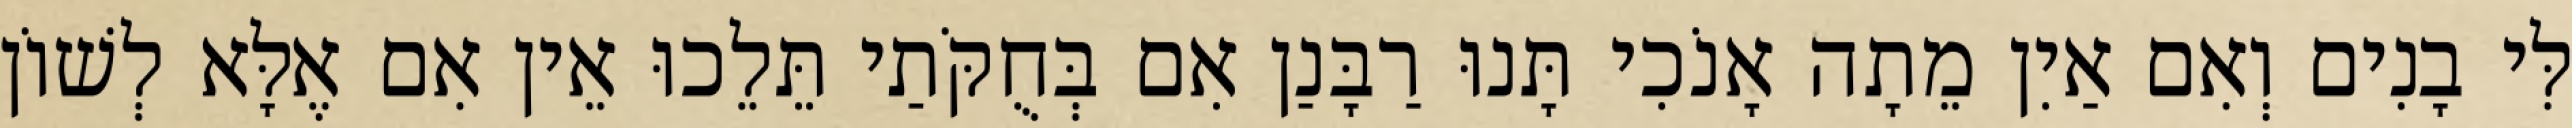
לִּי בָנִים וְאִם אַיִן מֵתָה אָנֹכִי תָּנוּ רַבָּנַן אִם בְּחֻקֹּתַי תֵּלֵכוּ אֵין אִם אֶלָּא לְשׁוֹן